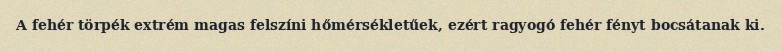
A fehér törpék extrém magas felszíni hőmérsékletűek, ezért ragyogó fehér fényt bocsátanak ki.